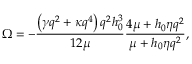
\Omega = - \frac { \left( \gamma { { q } ^ { 2 } } + \kappa { { q } ^ { 4 } } \right) { { q } ^ { 2 } } h _ { 0 } ^ { 3 } } { 1 2 \mu } \frac { 4 \mu + { { h } _ { 0 } } \eta { { q } ^ { 2 } } } { \mu + { { h } _ { 0 } } \eta { { q } ^ { 2 } } } ,